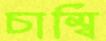
চাম্বি